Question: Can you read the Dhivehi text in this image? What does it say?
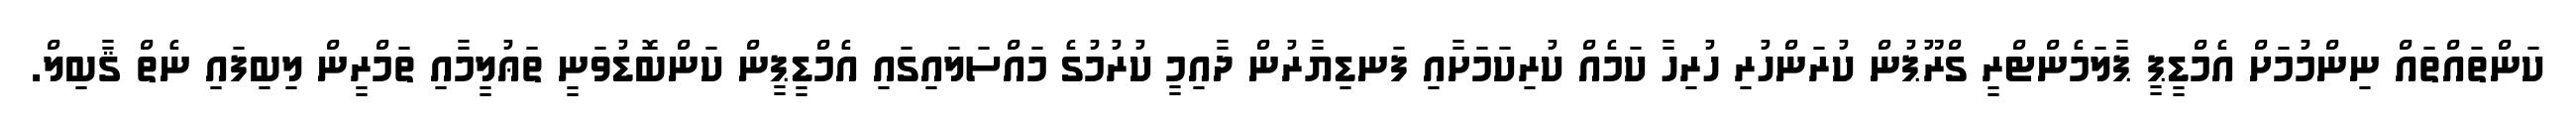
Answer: ކަންތައްތައް ނިންމުމަށް އެމްޑީޕީ ޕާލަމެންޓްރީ ގްރޫޕުން ކުރަންހުރި ހުރިހާ ކަމެއް ކުރިކަމަށާއި ފަނޑިޔާރުން ދާއިމީ ކުރުމުގެ މައްސަލައިގައި އެމްޑީޕީން ކަންބޮޑުވަނީ ތަޢުލީމާއި ތަމްރީން ލިބިފައި ނެތް ޤާބިލް.